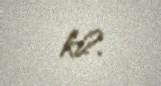
ki?.